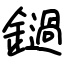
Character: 鐹